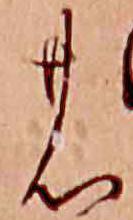
の